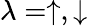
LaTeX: \lambda=\uparrow,\downarrow